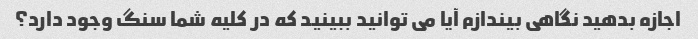
اجازه بدهید نگاهی بیندازم آیا می توانید ببینید که در کلیه شما سنگ وجود دارد؟